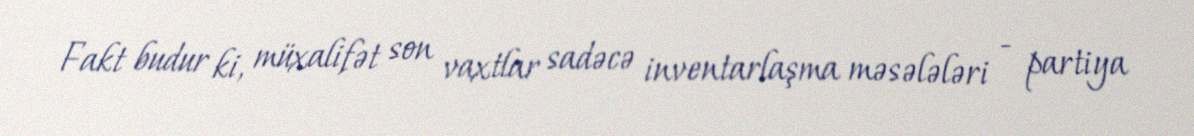
Fakt budur ki, müxalifət son vaxtlar sadəcə inventarlaşma məsələləri - partiya